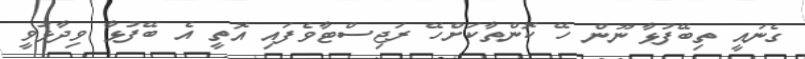
ގެނައީ ތިބޭފުޅާ ނޫން ހޭ ކޮންތާކަށްހޭ ރަޖިސްޓާވެފައި އޮތީ އެ ބޭފުޅާ ވިދާޅުވީ